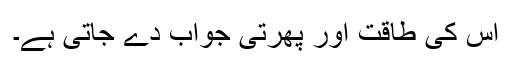
اس کی طاقت اور پھرتی جواب دے جاتی ہے۔